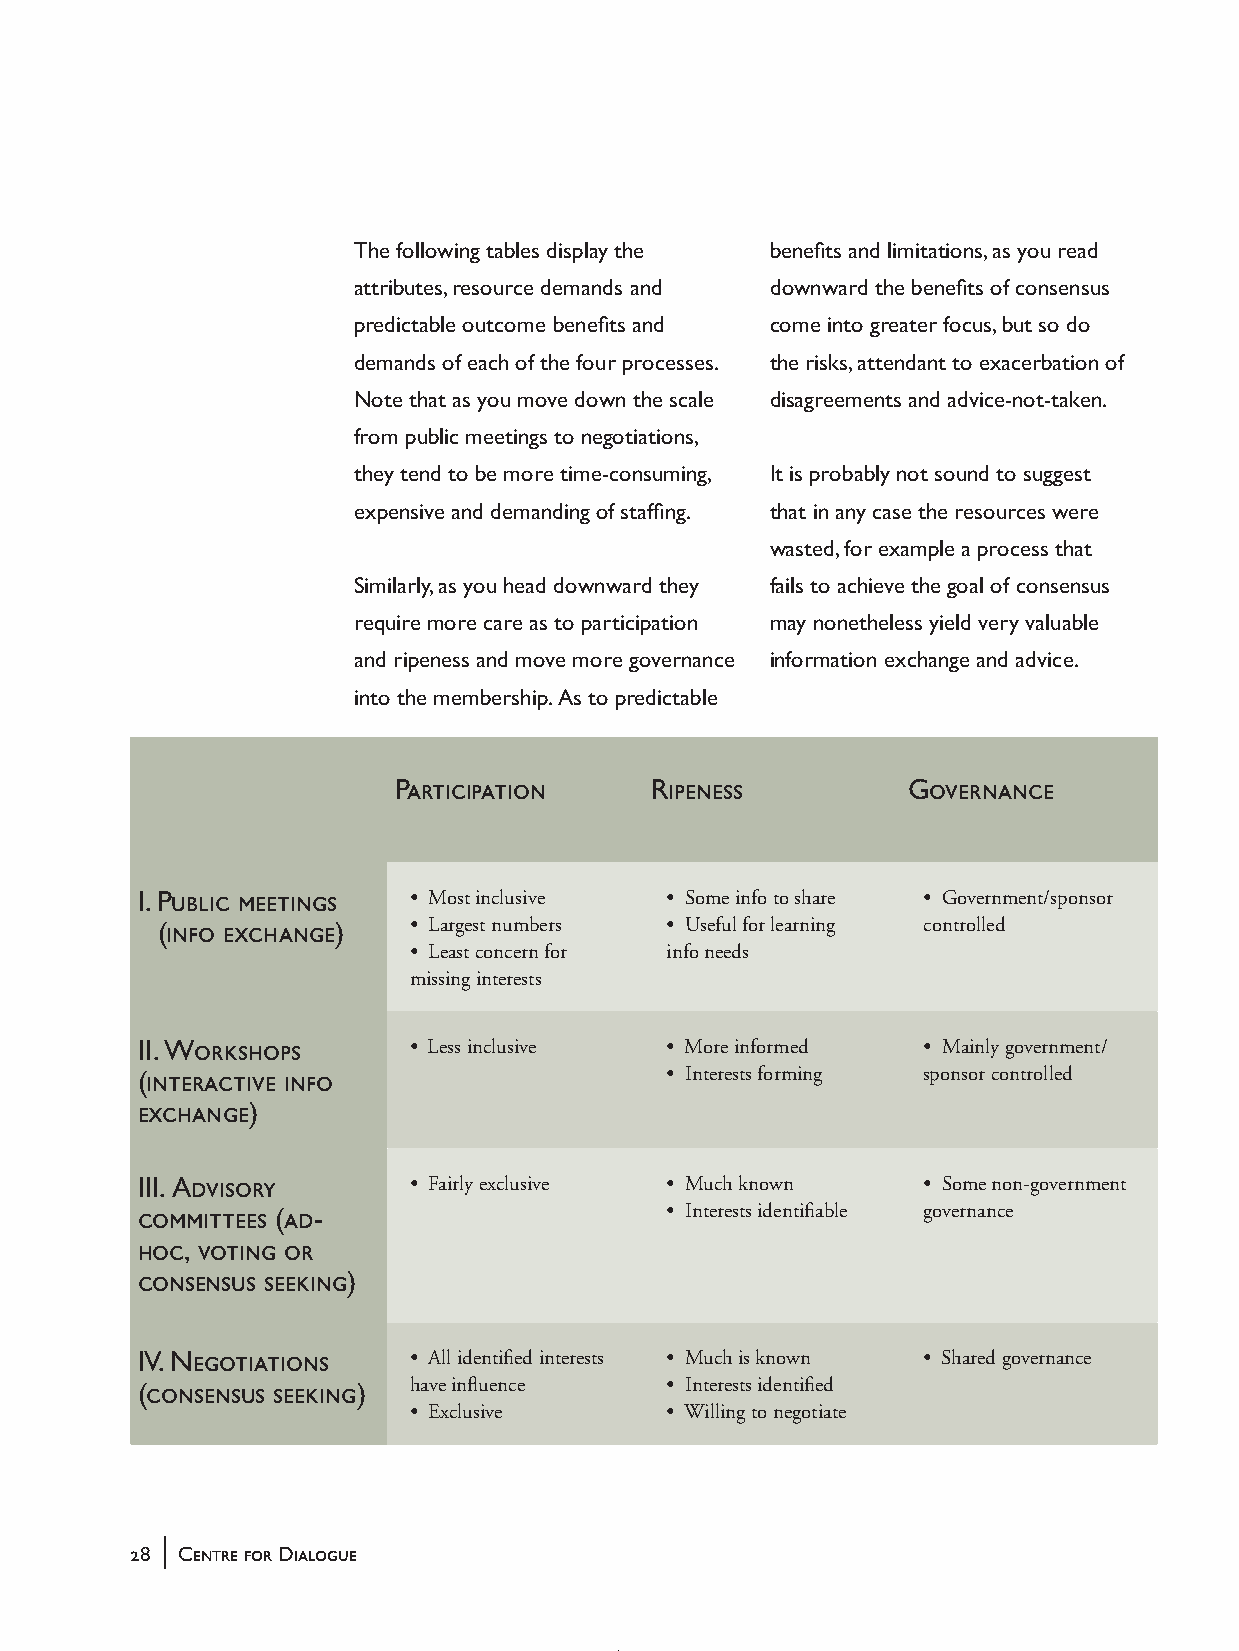
The following tables display the benefits and limitations, as you read
 attributes, resource demands and downward the benefits of consensus
 predictable outcome benefits and come into greater focus, but so do
 demands of each of the four processes. the risks, attendant to exacerbation of
 Note that as you move down the scale disagreements and advice-not-taken.
 from public meetings to negotiations,
 they tend to be more time-consuming, It is probably not sound to suggest
 expensive and demanding of staffing. that in any case the resources were
 wasted, for example a process that
 Similarly, as you head downward they fails to achieve the goal of consensus
 require more care as to participation may nonetheless yield very valuable
 and ripeness and move more governance information exchange and advice.
 into the membership. As to predictable
 Participation    Ripeness         Governance
 I. Public meetings • Most inclusive • Some info to share • Government/sponsor
 (info exchange)  • Largest numbers • Useful for learning controlled
 • Least concern for info needs
 missing interests
 II. Workshops     • Less inclusive • More informed  • Mainly government/
 (interactive info                  • Interests forming sponsor controlled
 exchange)
 III. Advisory     • Fairly exclusive • Much known   • Some non-government
 committees (ad-                    • Interests identifiable governance
 hoc, voting or
 consensus seeking)
 IV. Negotiations  • All identified interests • Much is known • Shared governance
 (consensus seeking) have influence • Interests identified
 • Exclusive      • Willing to negotiate
 |
 28 Centre for Dialogue
 handbook_web         28                             5/30/04, 4:37 PM